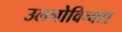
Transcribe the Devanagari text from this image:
उलनोविच्क्स